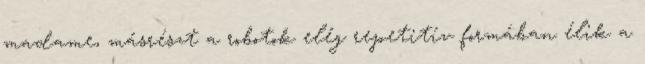
madame, másrészt a robotok elég repetitív formában élik a